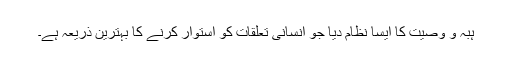
ہبہ و وصیت کا ایسا نظام دیا جو انسانی تعلقات کو استوار کرنے کا بہترین ذریعہ ہے۔